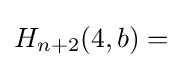
H_{n+2}(4,b)={}